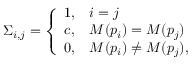
\Sigma _ { i , j } = \left\{ \begin{array} { l l } { 1 , } & { i = j } \\ { c , } & { M ( p _ { i } ) = M ( p _ { j } ) } \\ { 0 , } & { M ( p _ { i } ) \neq M ( p _ { j } ) , } \end{array} \right.